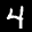
Label: 4